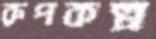
রুপকল্প